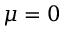
\mu = 0